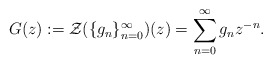
\begin{align*} G(z):= \mathcal{Z}(\{g_n\}_{n=0}^{\infty})(z) = \sum\limits_{n=0}^{\infty} g_n z^{-n}. \end{align*}